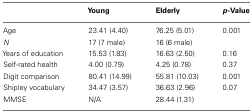
<table><thead><tr><td></td><td><b>Young</b></td><td><b>Elderly</b></td><td><b><i>p</i>-Value</b></td></tr></thead><tbody><tr><td>Age</td><td>23.41 (4.40)</td><td>76.25 (5.01)</td><td>0.001</td></tr><tr><td><i>N</i></td><td>17 (7 male)</td><td>16 (6 male)</td><td></td></tr><tr><td>Years of education</td><td>15.53 (1.83)</td><td>16.63 (2.50)</td><td>0.16</td></tr><tr><td>Self-rated health</td><td>4.00 (0.79)</td><td>4.25 (0.78)</td><td>0.37</td></tr><tr><td>Digit comparison</td><td>80.41 (14.99)</td><td>55.81 (10.03)</td><td>0.001</td></tr><tr><td>Shipley vocabulary</td><td>34.47 (3.57)</td><td>36.63 (2.96)</td><td>0.07</td></tr><tr><td>MMSE</td><td>N/A</td><td>28.44 (1.31)</td><td></td></tr></tbody></table>